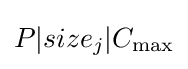
P|size_{j}|C_{\max }